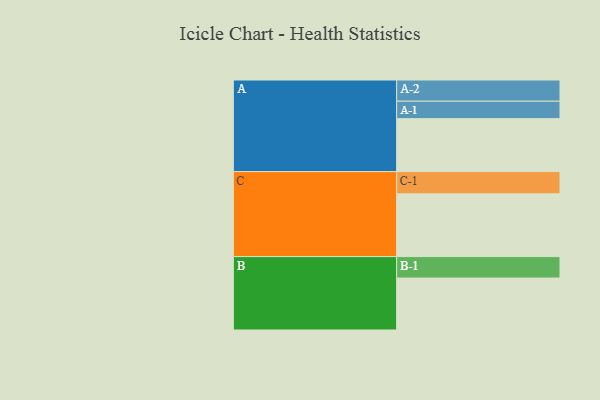
{"axis": {"x": "Segment", "y": "Value"}, "legend": ["", "A", "B", "C"], "data": [{"x": "A", "y": 497, "type": ""}, {"x": "B", "y": 488, "type": ""}, {"x": "C", "y": 589, "type": ""}, {"x": "A-1", "y": 164, "type": "A"}, {"x": "A-2", "y": 199, "type": "A"}, {"x": "B-1", "y": 201, "type": "B"}, {"x": "C-1", "y": 209, "type": "C"}]}